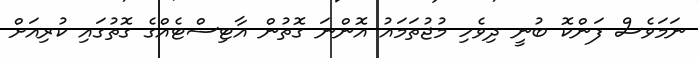
ނަމަވެސް ފަންކޮ ބުނީ ދިވެހި މުޖުތަމައު އޮންނަ ގޮތުން އާޓިސްޓެއްގެ ގޮތުގައި ކުރިއަށް